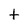
Character: t